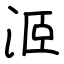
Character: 洍